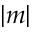
| m |